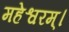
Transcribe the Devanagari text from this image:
महेश्वरम्।